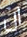
ان